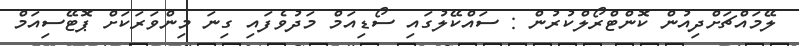
ލޭމައްޗަށްދިއުން ކޮންޓްރޯލްކުރުން : ސައްކޭލުގައި ސޯޑިއަމް މަދުވެފައި ގިނަ މިންވަރަކަށް ޕޮޓޭސިއަމް